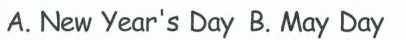
A.New Year's Day B.May Day